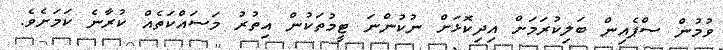
ވުމުން ސްޕެއިން ބަލިކުރަމަށް އިދިކޮޅަށް ނުކުންނަ ޓީމުތަކުން އިތުރު މަސައްކަތެއް ކުރާނެ ކަމަށެވެ.